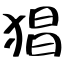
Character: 猖